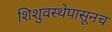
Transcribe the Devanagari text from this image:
शिशुवस्थेपासूनच